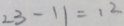
2 3 - 1 1 = 1 2